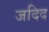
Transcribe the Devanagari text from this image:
जदिद